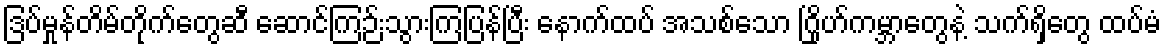
ဒြပ်မှုန်တိမ်တိုက်တွေဆီ ဆောင်ကြဉ်းသွားကြပြန်ပြီး နောက်ထပ် အသစ်သော ဂြိုဟ်ကမ္ဘာတွေနဲ့ သက်ရှိတွေ ထပ်မံ